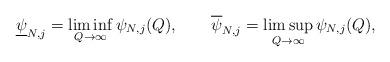
LaTeX: \begin{align*}\underline{\psi}_{N,j}=\liminf_{Q\to\infty} \psi_{N,j}(Q),\qquad\overline{\psi}_{N,j}=\limsup_{Q\to\infty} \psi_{N,j}(Q),\end{align*}